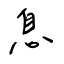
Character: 息